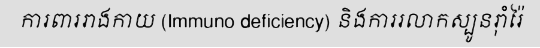
ការពាររាងកាយ (Immuno deficiency) និងការរលាកស្បូនរ៉ាំរ៉ៃ